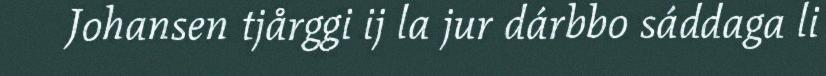
Johansen tjårggi ij la jur dárbbo sáddaga li